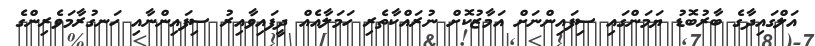
އަލްގައިދާގެ ބާރުބޮޑު ޔަމަންގައި ސިފައިންނަށް އަމާޒުކޮށް ނުރައްކާތެރި ހަމަލާއެއް ދީފައިވާއިރު ސިފައިންނާއި ހަނގުރާމަވެރިންގެ